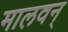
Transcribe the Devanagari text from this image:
मालवन्